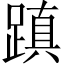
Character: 蹎